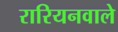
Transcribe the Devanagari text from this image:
रारियनवाले